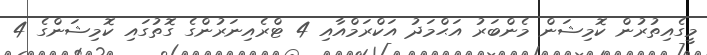
މީގެއިތުރުން ކޮމިޝަން މެންބަރު އަޙްމަދު އަކްރަމްއާއި 4 ޓްރެއިނަރުންގެ ގޮތުގައި ކޮމިޝަންގެ 4